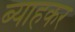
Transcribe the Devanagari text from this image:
ब्याहकर